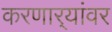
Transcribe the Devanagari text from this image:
करणार्‍यांवर